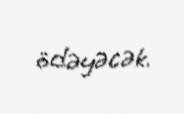
ödəyəcək.